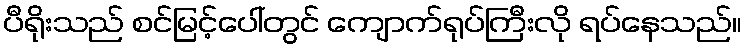
ပီရိုးသည် စင်မြင့်ပေါ်တွင် ကျောက်ရုပ်ကြီးလို ရပ်နေသည်။